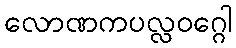
လောဏကပလ္လဝဂ္ဂေါ